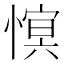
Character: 𢟫